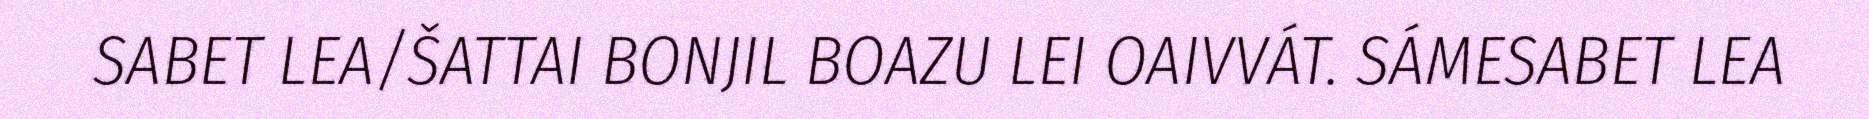
SABET LEA/ŠATTAI BONJIL BOAZU LEI OAIVVÁT. SÁMESABET LEA